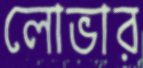
লোভার